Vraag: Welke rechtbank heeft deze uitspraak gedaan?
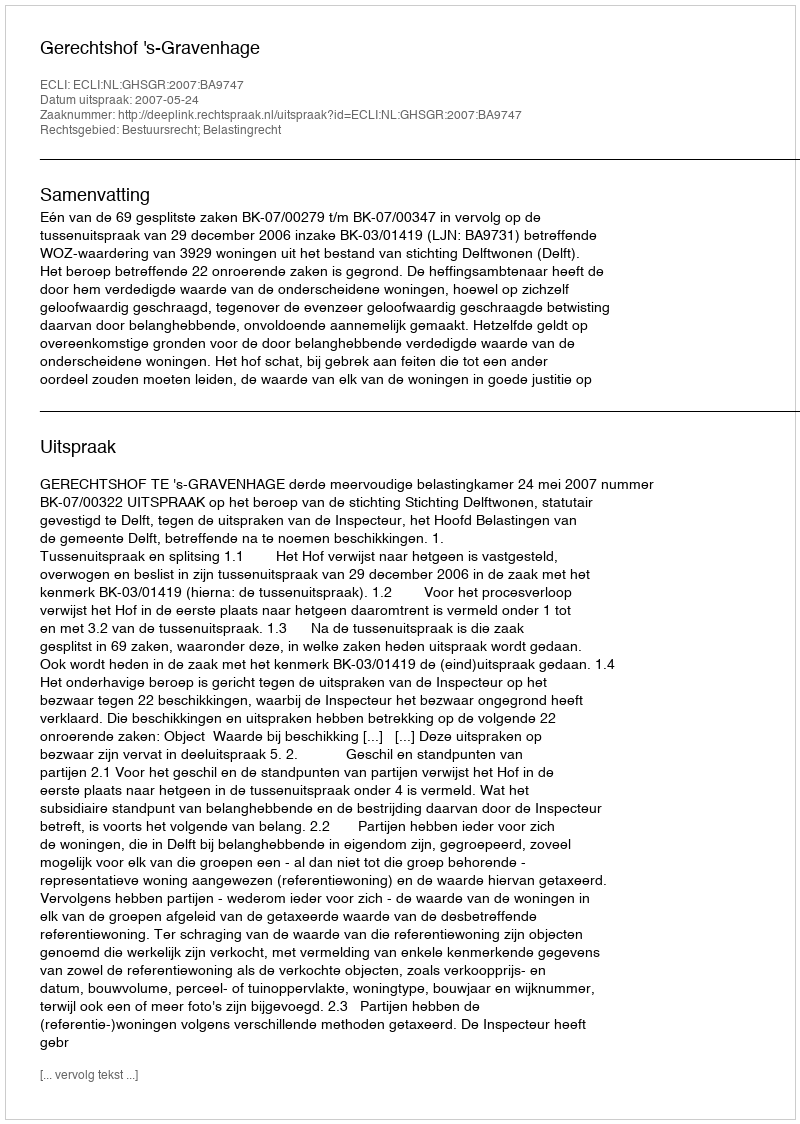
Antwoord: Gerechtshof 's-Gravenhage